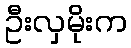
ဦးလှမိုးက